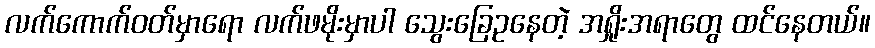
လက်ကောက်ဝတ်မှာရော လက်ဖမိုးမှာပါ သွေးခြေဥနေတဲ့ အရှိုးအရာတွေ ထင်နေတယ်။